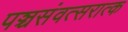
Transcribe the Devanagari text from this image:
पञ्चसंवत्सरात्क